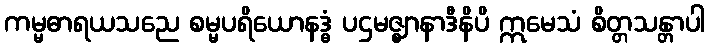
ကမ္မဓာရယသညေ စမ္မပရိယောနဒ္ဓံ ပဌမဇ္ဈာနာဒီနိပိ ဣမေသံ စိတ္တသန္တာပါ